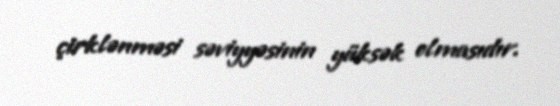
çirklənməsi səviyyəsinin yüksək olmasıdır.